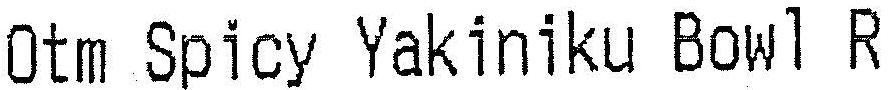
OTM SPICY YAKINIKU BOWL R